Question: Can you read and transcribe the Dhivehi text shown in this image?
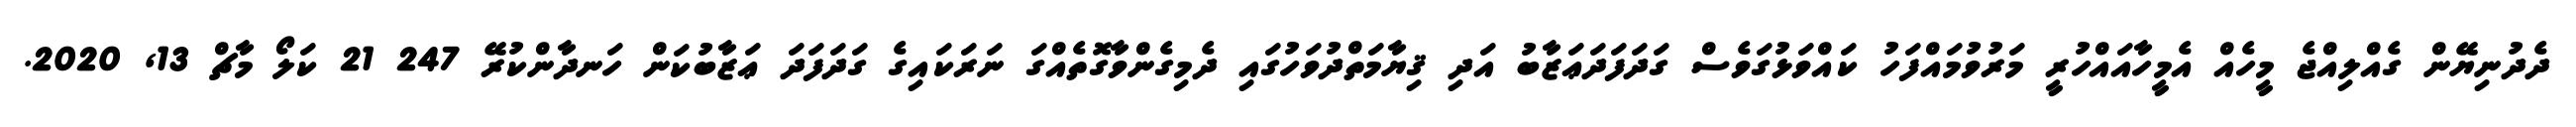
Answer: ދެދުނިޔޭން ގެއްލިއްޖެ މީހެއް އެމީހާއައްހުރީ މަރުވުމައްފަހު ކައްވަޅުގަވެސް ގަދަފަދަޢަޒާބު އަދި ޤިޔާމަތްދުވަހުގައި ދެމިގެންވާގޮތެއްގަ ނަރަކައިގެ ގަދަފަދަ ޢަޒާބުކަން ހަނދާންކުރޭ 247 21 ކަލޯ މާޗް 13, 2020.